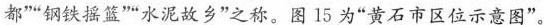
都””钢铁摇篮””水泥故乡”之称。图15为”黄石市区位示意图”。